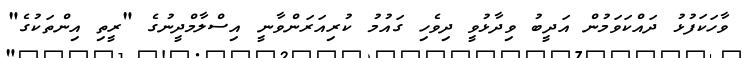
ވާހަކަފުޅު ދައްކަވަމުން އަދީބު ވިދާޅުވީ ދިވެހި ގައުމު ކުރިއަރަންވާނީ އިސްލާމްދީނުގެ "ރީތި އިންތަކުގެ"